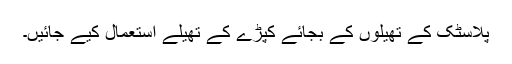
پلاسٹک کے تھیلوں کے بجائے کپڑے کے تھیلے استعمال کیے جائیں۔